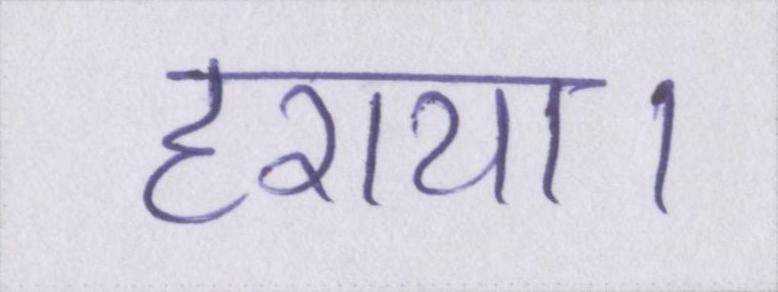
हराया।